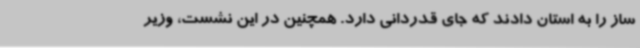
ساز را به استان دادند که جای قدردانی دارد. همچنین در این نشست، وزیر